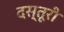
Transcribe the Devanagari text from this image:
दस्तूरी